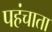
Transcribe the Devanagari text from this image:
पहंचाता